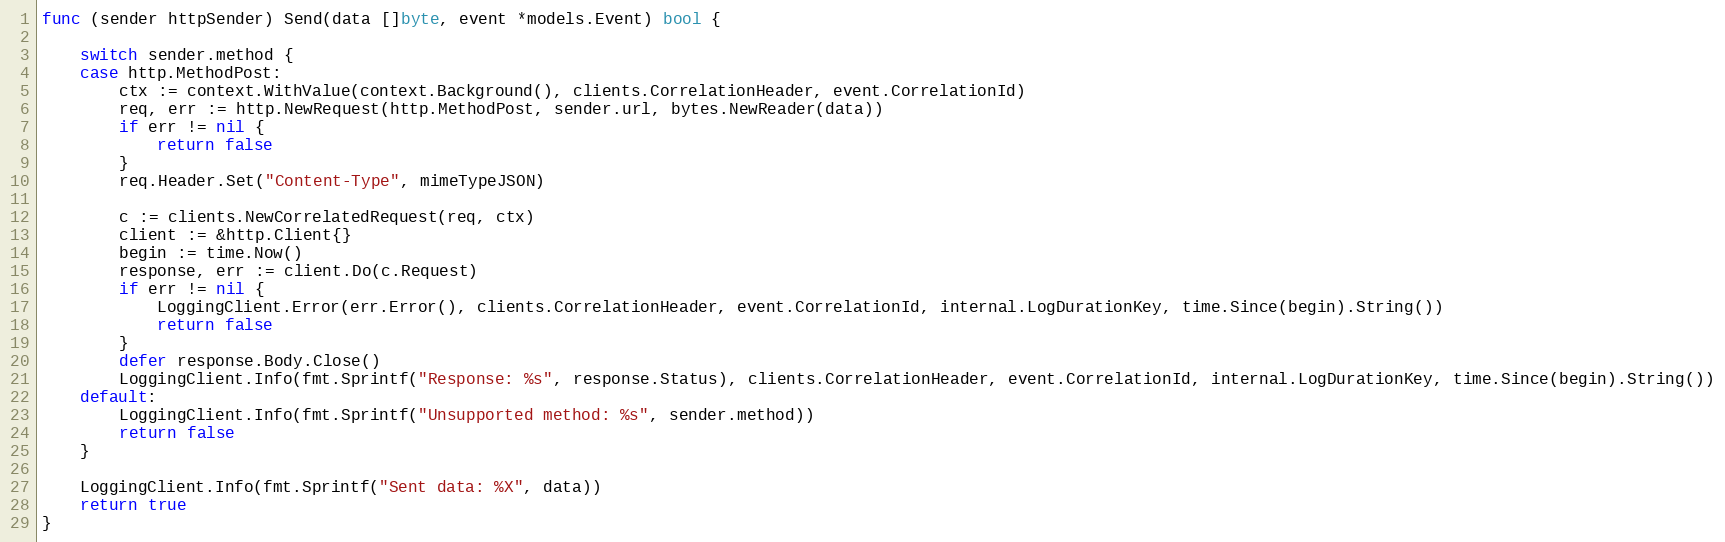
Language: Go
func (sender httpSender) Send(data []byte, event *models.Event) bool {

	switch sender.method {
	case http.MethodPost:
		ctx := context.WithValue(context.Background(), clients.CorrelationHeader, event.CorrelationId)
		req, err := http.NewRequest(http.MethodPost, sender.url, bytes.NewReader(data))
		if err != nil {
			return false
		}
		req.Header.Set("Content-Type", mimeTypeJSON)

		c := clients.NewCorrelatedRequest(req, ctx)
		client := &http.Client{}
		begin := time.Now()
		response, err := client.Do(c.Request)
		if err != nil {
			LoggingClient.Error(err.Error(), clients.CorrelationHeader, event.CorrelationId, internal.LogDurationKey, time.Since(begin).String())
			return false
		}
		defer response.Body.Close()
		LoggingClient.Info(fmt.Sprintf("Response: %s", response.Status), clients.CorrelationHeader, event.CorrelationId, internal.LogDurationKey, time.Since(begin).String())
	default:
		LoggingClient.Info(fmt.Sprintf("Unsupported method: %s", sender.method))
		return false
	}

	LoggingClient.Info(fmt.Sprintf("Sent data: %X", data))
	return true
}